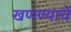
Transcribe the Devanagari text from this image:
खणण्याचे